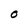
Character: o